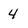
Character: 4